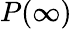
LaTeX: P(\infty)